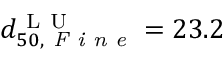
d _ { 5 0 , \textit { F i n e } } ^ { \mathrm { ~ L ~ U ~ } } = 2 3 . 2